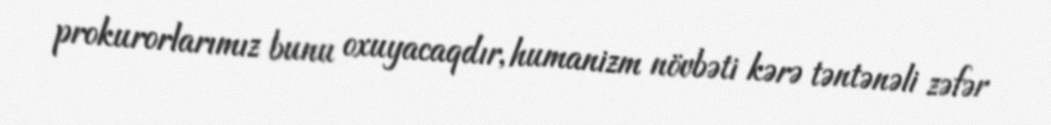
prokurorlarımız bunu oxuyacaqdır, humanizm növbəti kərə təntənəli zəfər